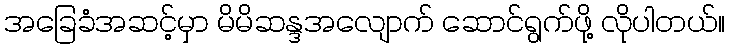
အခြေခံအဆင့်မှာ မိမိဆန္ဒအလျောက် ဆောင်ရွက်ဖို့ လိုပါတယ်။